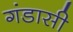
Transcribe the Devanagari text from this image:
गंडासी